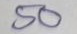
50